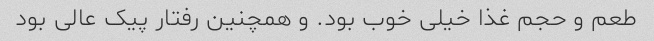
طعم و حجم غذا خیلی خوب بود. و همچنین رفتار پیک عالی بود